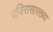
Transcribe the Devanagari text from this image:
वजिरासारख्या